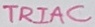
Text: RIAC